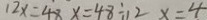
1 2 x = 4 8 x = 4 8 \div 1 2 x = 4